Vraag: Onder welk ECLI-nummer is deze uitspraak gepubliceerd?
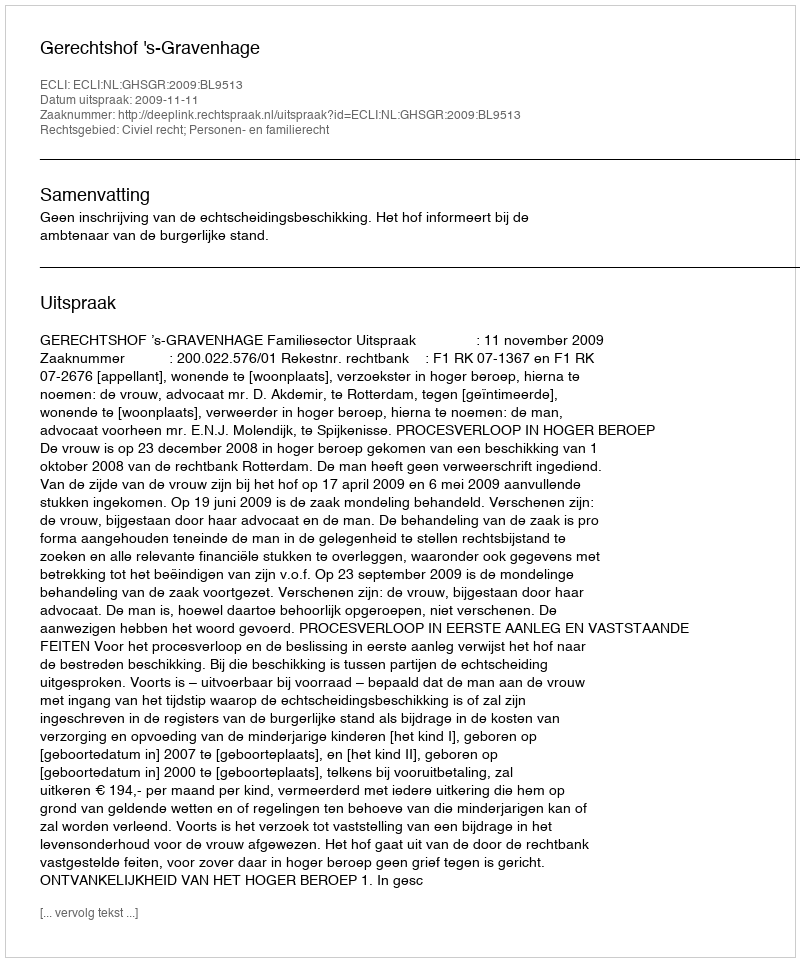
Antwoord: ECLI:NL:GHSGR:2009:BL9513